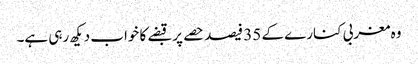
وہ مغربی کنارے کے 35 فیصد حصے پر قبضے کا خواب دیکھ رہی ہے۔